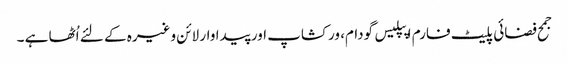
جمح فضائی پلیٹ فارم اپپلیس گودام، ورکشاپ اور پیداوار لائن وغیرہ کے لئے اُٹھا ہے ۔